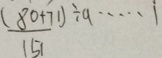
\frac { ( 8 0 + 7 1 ) } { 1 5 1 } \div a \cdots 1